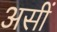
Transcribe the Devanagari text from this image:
असीं